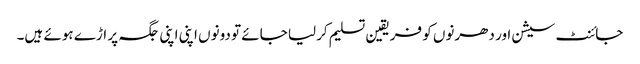
جائنٹ سیشن اور دھرنوں کو فریقین تسلیم کرلیا جائے تو دونوں اپنی اپنی جگہ پر اڑے ہوئے ہیں۔